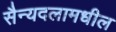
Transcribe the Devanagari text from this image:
सैन्यदलामधील